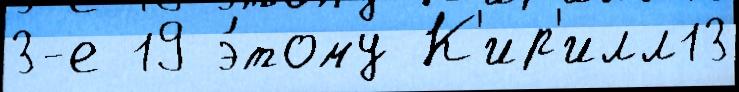
3-е 19 э́тому К'ир'илл13